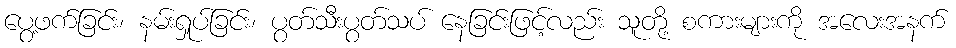
ပွေ့ဖက်ခြင်း၊ နမ်းရှုပ်ခြင်း၊ ပွတ်သီးပွတ်သပ် နေခြင်းဖြင့်လည်း သူတို့ စကားများကို အလေးအနက်